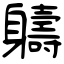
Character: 軇